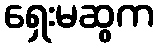
ရှေးမဆွက